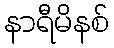
နာရီမိနစ်